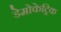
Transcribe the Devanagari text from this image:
डेमोकेट्रिक